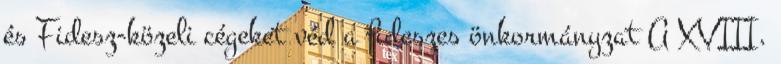
és Fidesz-közeli cégeket véd a fideszes önkormányzat A XVIII.